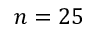
n = 2 5